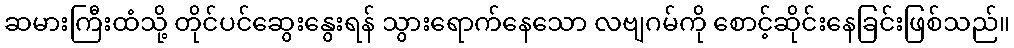
ဆမားကြီးထံသို့ တိုင်ပင်ဆွေးနွေးရန် သွားရောက်နေသော လဗျဂမ်ကို စောင့်ဆိုင်းနေခြင်းဖြစ်သည်။